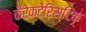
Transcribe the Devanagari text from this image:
कैरेक्टेरिस्टिक